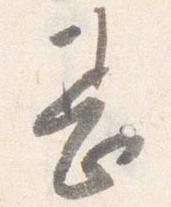
甚